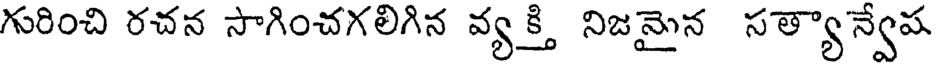
గురించి రచన సాగించగలిగిన వ్యక్తి నిజమైన సత్యాన్వేష